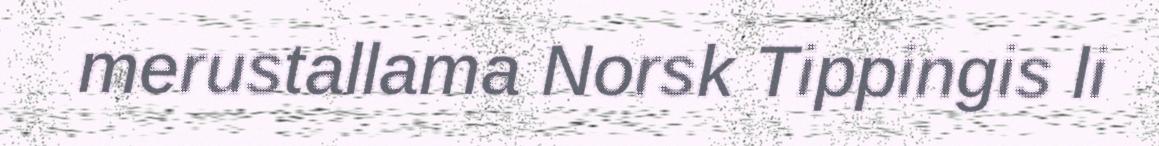
merustallama Norsk Tippingis li